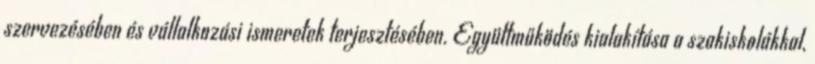
szervezésében és vállalkozási ismeretek terjesztésében. Együttműködés kialakítása a szakiskolákkal,